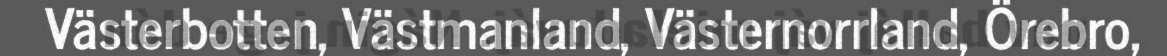
Västerbotten, Västmanland, Västernorrland, Örebro,